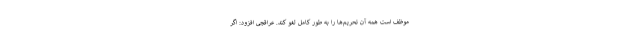
موظف است همه آن تحریم‌ها را به طور کامل لغو کند. عراقچی افزود: اگر